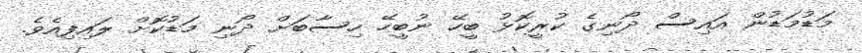
މަޑުމަޑުން އައިސް ދޯނިގެ ކުރީކޮޅު ބީހޭ ނުބީހޭ ހިސާބަށް ދޯނި މަޑުކޮށް ލައިފިއެވެ.